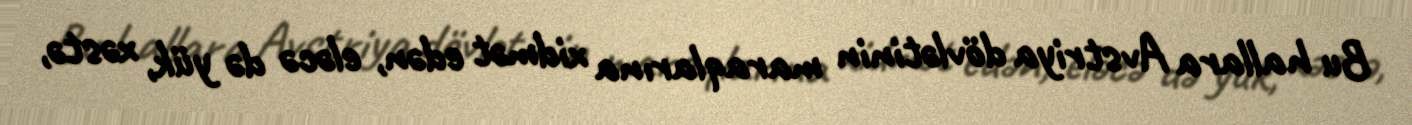
Bu hallara Avstriya dövlətinin maraqlarına xidmət edən, eləcə də yük, xəstə,